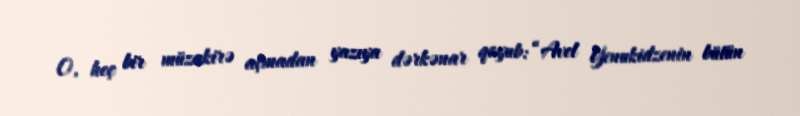
O, heç bir müzakirə açmadan yazıya dərkənar qoyub: “Avel Yenukidzenin bütün